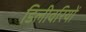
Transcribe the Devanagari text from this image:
डिलीवरियों